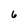
Character: 6